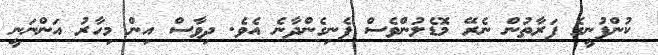
ކުންފުނީގެ ފަރާތުން ނެރޭ މޮޑެލުންވެސް ފެނިގެންދާނެ އެވެ. ދިވާސް އިން މިހާރު އަންނަނީ